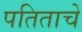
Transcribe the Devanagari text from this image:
पतिताचे